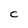
Character: C